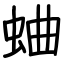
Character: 蛐